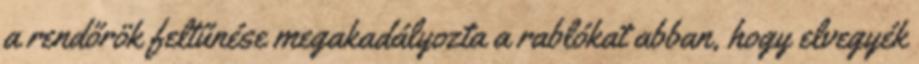
a rendőrök feltűnése megakadályozta a rablókat abban, hogy elvegyék